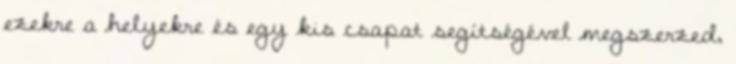
ezekre a helyekre és egy kis csapat segítségével megszerzed,